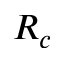
R _ { c }